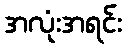
အလုံးအရင်း